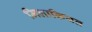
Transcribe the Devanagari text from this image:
मिलाकियत